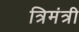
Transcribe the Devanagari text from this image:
त्रिमंत्री